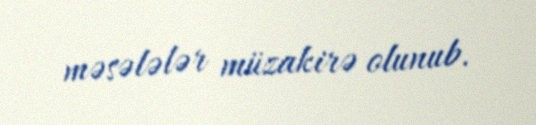
məsələlər müzakirə olunub.